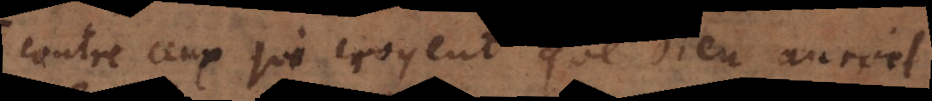
Contre ceux qui croyent que Dieu auroit